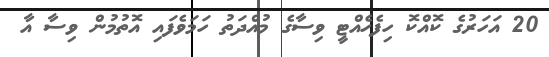
20 އަހަރުގެ ކޮއްކޮ ހިފެހެއްޓީ ވިސާގެ މުއްދަތު ހަމަވެފައި އޮތުމުން ވިސާ އާ